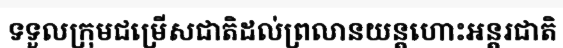
ទទួលក្រុមជម្រើសជាតិដល់ព្រលានយន្តហោះអន្តរជាតិ